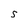
Character: s